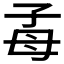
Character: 𣫮